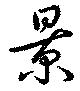
景